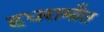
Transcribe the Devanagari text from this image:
हधरामौत